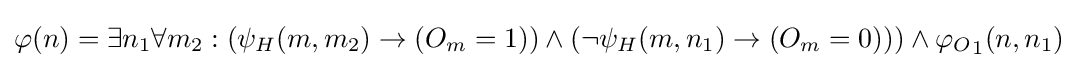
\varphi (n)=\exists n_{1}\forall m_{2}:(\psi _{H}(m,m_{2})\rightarrow (O_{m}=1))\land (\lnot \psi _{H}(m,n_{1})\rightarrow (O_{m}=0)))\land {\varphi _{O}}_{1}(n,n_{1})